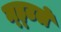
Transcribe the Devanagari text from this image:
म्ह्टले